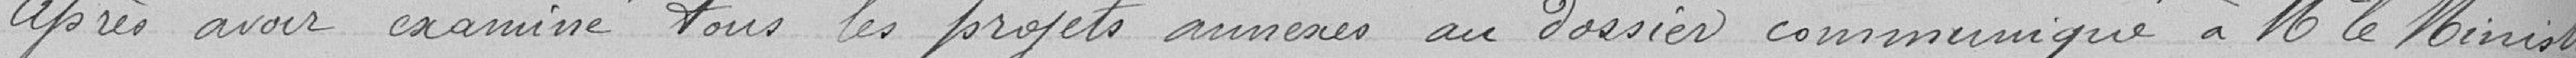
Après avoir examiné tous les projets amenés au dossier communiqué à Monsieur le Ministre